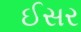
ઈસર